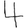
Digit: 4